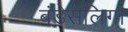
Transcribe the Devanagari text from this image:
बंडेसलिगा